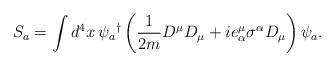
LaTeX: \begin{align*}S_{a}=\int d^{4}x\,\psi _{a}{}^{\dagger }\left( \frac{1}{2m}D^{\mu }D_{\mu}+ie_{\alpha }^{\mu }\sigma ^{\alpha }D_{\mu }\right) \psi _{a}.\end{align*}